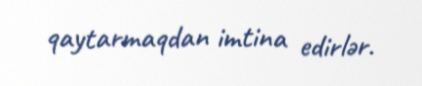
qaytarmaqdan imtina edirlər.